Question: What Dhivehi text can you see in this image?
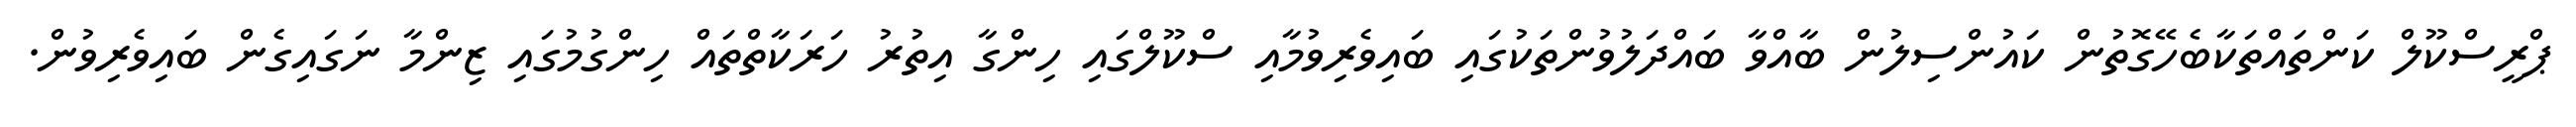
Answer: ޕްރީސްކޫލް ކަންތައްތަކާބެހޭގޮތުން ކައުންސިލުން ބާއްވާ ބައްދަލުވުންތަކުގައި ބައިވެރިވުމާއި ސްކޫލްގައި ހިންގާ އިތުރު ހަރަކާތްތައް ހިންގުމުގައި ޒިންމާ ނަގައިގެން ބައިވެރިވުން.